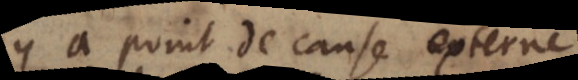
n’y a point de cause externe